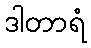
ဒါတာရံ